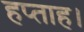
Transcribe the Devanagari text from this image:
हप्ताह।